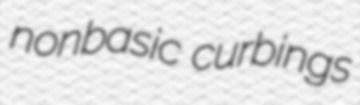
nonbasic curbings